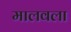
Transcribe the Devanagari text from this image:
मालवला